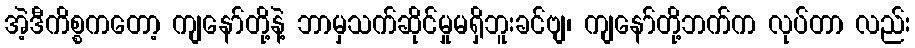
အဲ့ဒီကိစ္စကတော့ ကျနော်တို့နဲ့ ဘာမှသက်ဆိုင်မှုမရှိဘူးခင်ဗျ၊ ကျနော်တို့ဘက်က လုပ်တာ လည်း